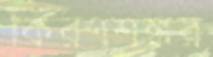
কিরণশঙ্কর